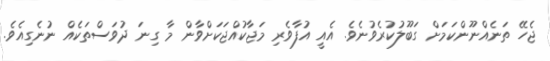
ޖެހޭ ތަނެއްނޫންކަމަށް ގަބޫލުކުރެވުނެވެ. އެއީ އުފާވެރި މަޖާކުއްޖަކަށްވާން މާ ގިނަ ދުވަސްތަކެއް ނުނެގިއެވެ.